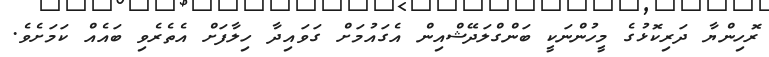
ރޮހިންޔާ ދަރިކޮޅުގެ މީހުންނަކީ ބަންގްލަދޭޝްއިން އެގައުމަށް ގަވައިދާ ހިލާފަށް އެތެރެވި ބައެއް ކަމަށެވެ.